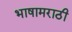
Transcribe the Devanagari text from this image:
भाषामराठी